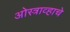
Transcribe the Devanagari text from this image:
ओस्त्राव्हाचे